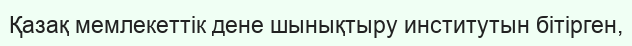
Қазақ мемлекеттік дене шынықтыру институтын бітірген,